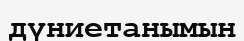
дүниетанымын